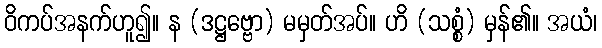
ဝိကပ်အနက်ဟူ၍။ န (ဒဋ္ဌဗ္ဗော) မမှတ်အပ်။ ဟိ (သစ္စံ) မှန်၏။ အယံ၊